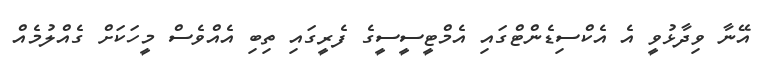
އޭނާ ވިދާޅުވީ އެ އެކްސިޑެންޓްގައި އެމްޓީސީސީގެ ފެރީގައި ތިބި އެއްވެސް މީހަކަށް ގެއްލުމެއް